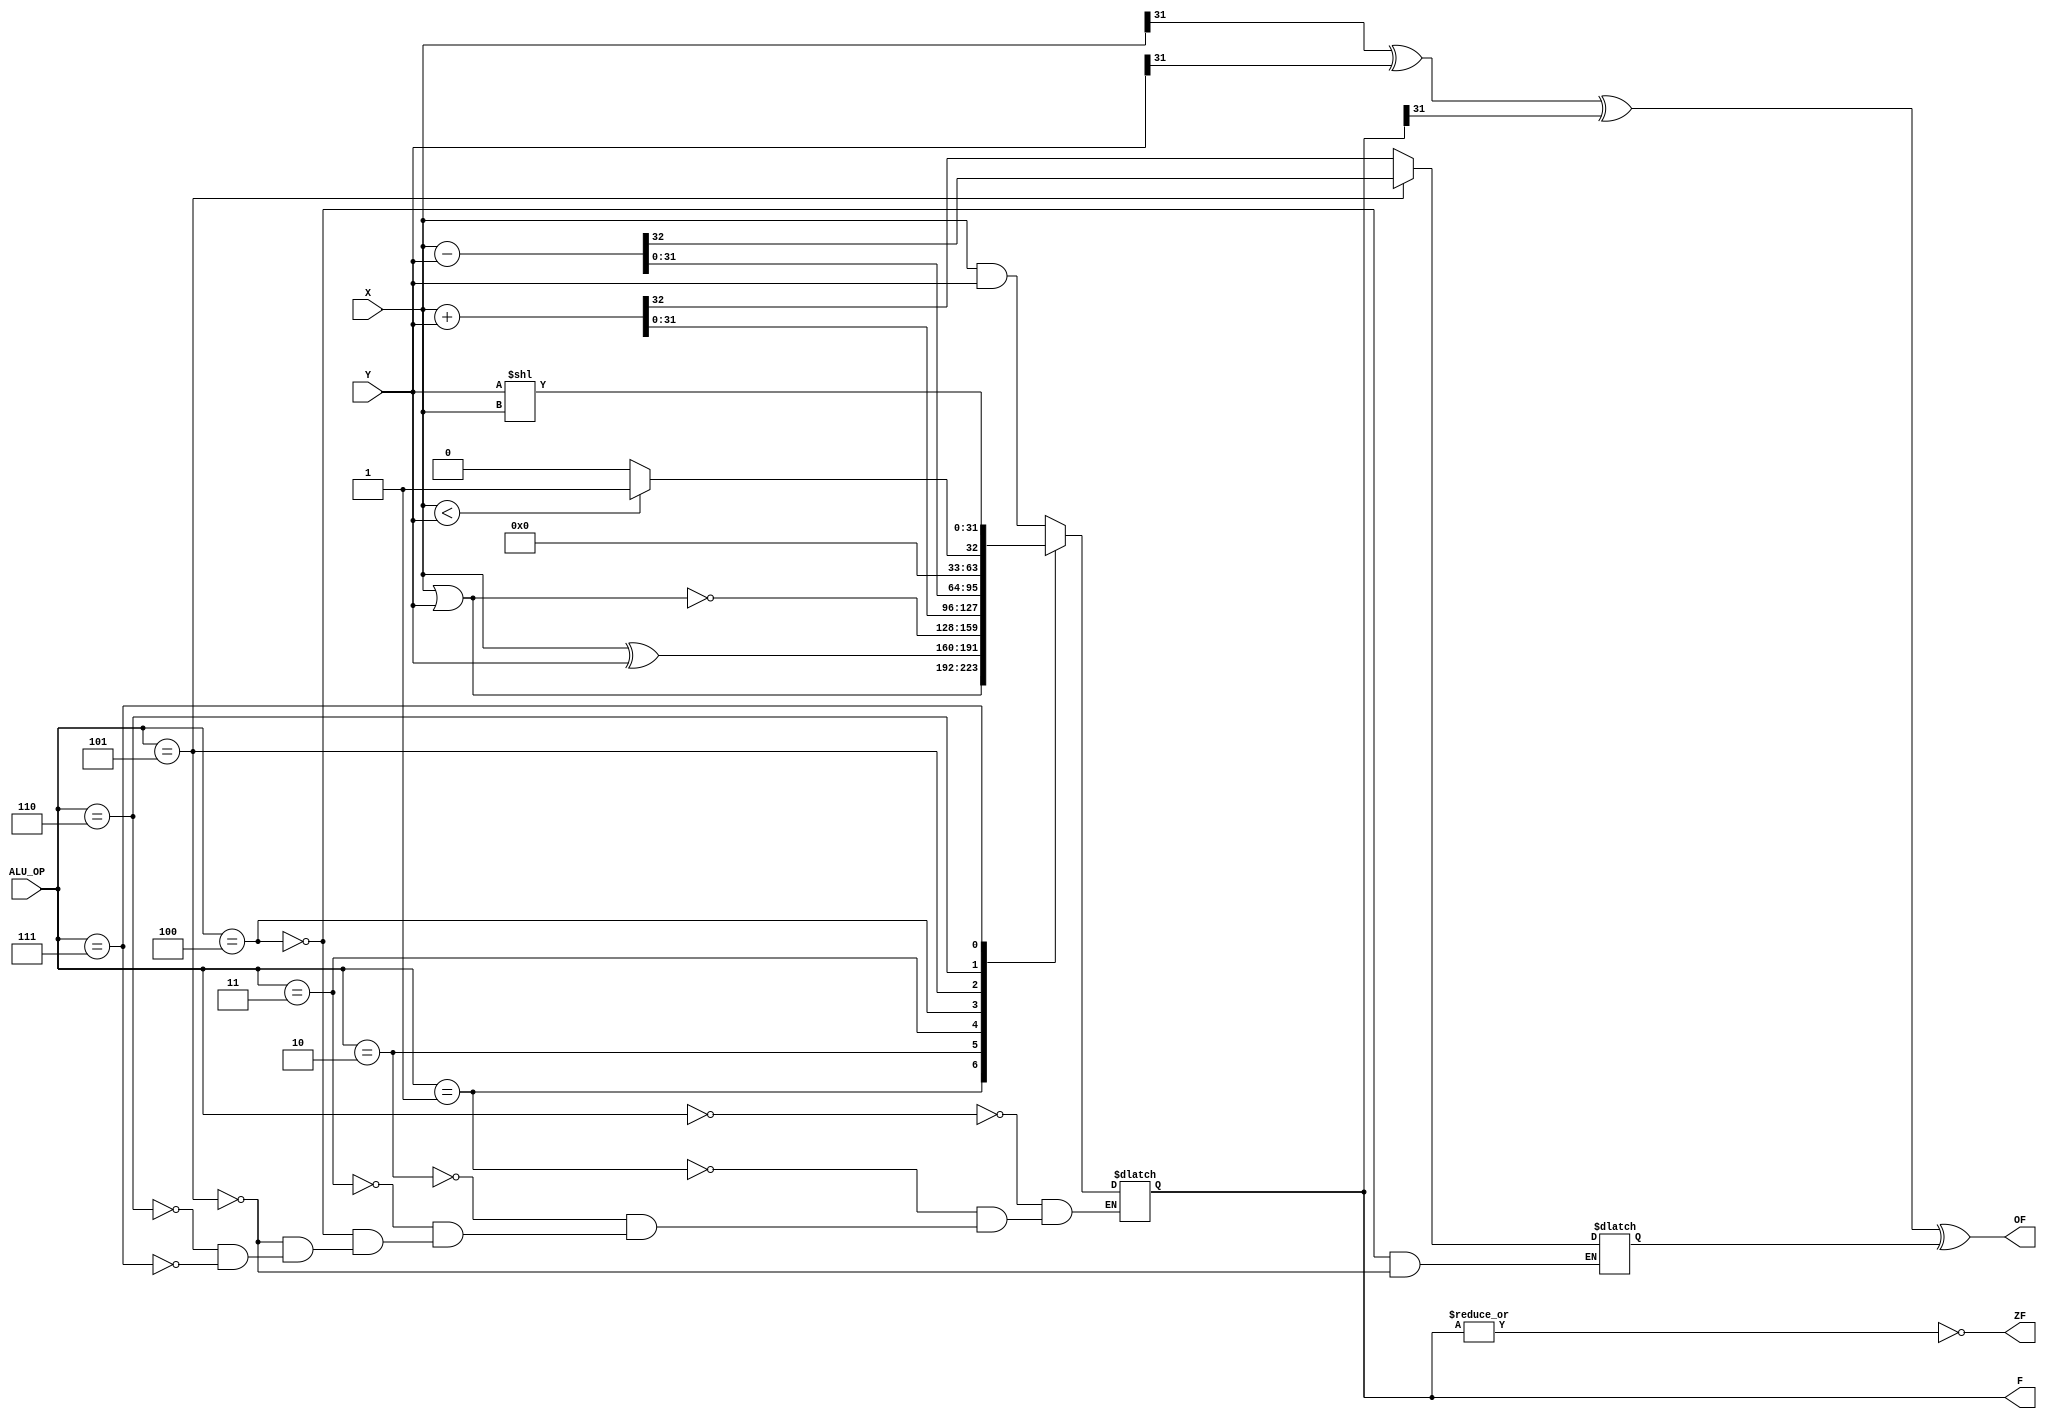
`timescale 1ns / 1ps
//////////////////////////////////////////////////////////////////////////////////
// Company: 
// Engineer: 
// 
// Design Name: 
// Module Name: ALU
// Project Name: 
// Target Devices: 
// Tool Versions: 
// Description: 
// 
// Dependencies: 
// 
// Revision:
// Revision 0.01 - File Created
// Additional Comments:
// 
//////////////////////////////////////////////////////////////////////////////////
module ALU(
    input [31:0] X,
    input[31:0] Y,
    input [3:0] ALU_OP,
    output reg[31:0]F,
    output ZF,
    output OF
    );
    
    reg C32;
    
    always @*
        begin
            case(ALU_OP)
                4'b0000: F <= X & Y;
                4'b0001: F <= X | Y;
                4'b0010: F <= X ^ Y;
                4'b0011: F <= ~(X | Y);
                4'b0100: {C32,F} <= X + Y;
                4'b0101: {C32,F} <= X - Y;
                4'b0110: F <= X < Y ? 1 : 0;
                4'b0111: F <= Y << X; 
            endcase
        end
    assign ZF = ~(|F);   
    assign OF = X[31] ^ Y[31] ^ F[31] ^ C32;
        
endmodule